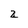
Character: 2